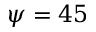
\psi = 4 5